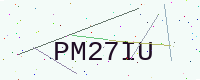
Text: PM27IU